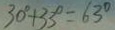
3 0 ^ { \circ } + 3 3 ^ { \circ } = 6 3 ^ { \circ }